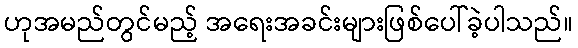
ဟုအမည်တွင်မည့် အရေးအခင်းများဖြစ်ပေါ်ခဲ့ပါသည်။